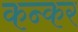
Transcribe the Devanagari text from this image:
कन्कर